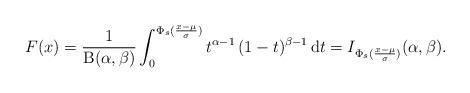
LaTeX: \begin{align*}F(x)=\frac{1}{\mathrm{B}(\alpha,\beta)}\int_0^{\Phi_s(\frac{x-\mu}{\sigma})}t^{\alpha-1}\,(1-t)^{\beta-1}\,\mathrm{d}t=I_{\Phi_s(\frac{x-\mu}{\sigma})}(\alpha,\beta).\end{align*}